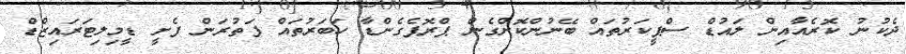
ދެކުނު ކޮރެއާއިން ލައުޑް ސްޕީކަރުތައް ބޭނުންކޮށްގެން ޕްރޮޕެގެންޑާ ހަބަރުތައް ފަތުރަން ފެށީ ޑީމިލިޓަރައިޒްޑް